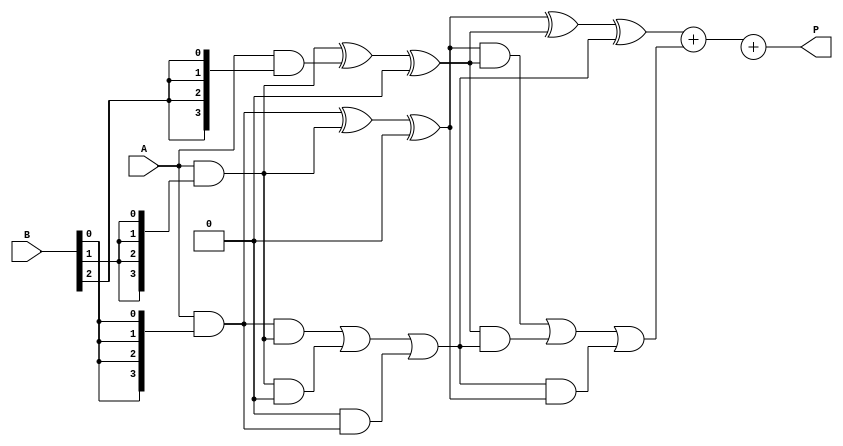
module wallace_tree_multiplier #(parameter N = 4) (
    input [N-1:0] A,
    input [N-1:0] B,
    output reg [2*N-1:0] P
);
    
    // Partial product matrix
    wire [N-1:0] pp [0:N-1]; // Partial products

    // Generate partial products
    genvar i, j;
    generate
        for (i = 0; i < N; i = i + 1) begin : pp_gen
            assign pp[i] = A & {N{B[i]}};
        end
    endgenerate

    // Carry-save adder (CSA)
    function [N-1:0] csa(input [N-1:0] a, input [N-1:0] b, input [N-1:0] c);
        begin
            csa = a ^ b ^ c; // Sum
        end
    endfunction

    function [N-1:0] carry(input [N-1:0] a, input [N-1:0] b, input [N-1:0] c);
        begin
            carry = (a & b) | (b & c) | (c & a); // Carry
        end
    endfunction

    // Intermediate sums and carries
    wire [N-1:0] sum [0:N-1];
    wire [N-1:0] carry_out [0:N-1];

    // First level of CSA
    genvar k;
    generate
        for (k = 0; k < N; k = k + 1) begin : csa_level1
            if (k < N-1) begin
                assign sum[k] = csa(pp[k], pp[k+1], 0);
                assign carry_out[k] = carry(pp[k], pp[k+1], 0);
            end else begin
                assign sum[k] = pp[k];
                assign carry_out[k] = 0;
            end
        end
    endgenerate

    // Second level of CSA
    wire [N-1:0] sum2 [0:N-1];
    wire [N-1:0] carry_out2 [0:N-1];

    generate
        for (k = 0; k < N-1; k = k + 1) begin : csa_level2
            if (k < N-2) begin
                assign sum2[k] = csa(sum[k], sum[k+1], carry_out[k]);
                assign carry_out2[k] = carry(sum[k], sum[k+1], carry_out[k]);
            end else begin
                assign sum2[k] = sum[k];
                assign carry_out2[k] = carry_out[k];
            end
        end
    endgenerate

    // Final addition
    wire [2*N-1:0] final_sum;
    wire [2*N-1:0] final_carry;

    assign final_sum = {1'b0, sum2[0]} + {1'b0, carry_out2[0]};

    // Combine results
    always @(*) begin
        P = final_sum + final_carry;
    end

endmodule